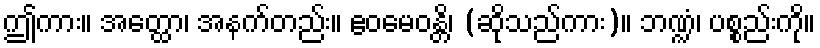
ဤကား။ အတ္ထော၊ အနက်တည်း။ ဧဝမေဝန္တိ၊ (ဆိုသည်ကား)။ ဘဏ္ဍံ၊ ပစ္စည်းကို။